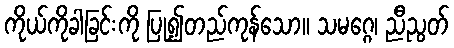
ကိုယ်ကိုခါခြင်းကို ပြု၍တည်ကုန်သော။ သမဂ္ဂေ၊ ညီညွတ်